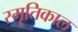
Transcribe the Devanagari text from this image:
स्मृतिकाल